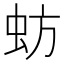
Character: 蚄